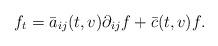
LaTeX: \begin{align*} f_t = \bar a_{ij}(t,v) \partial_{ij} f + \bar c(t,v) f .\end{align*}